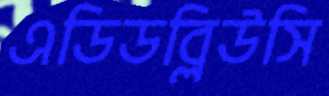
এডিডব্লিউসি